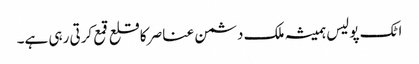
اٹک پولیس ہمیشہ ملک دشمن عناصر کا قلع قمع کرتی رہی ہے۔